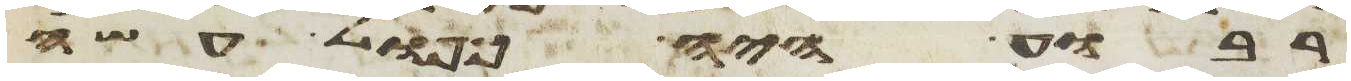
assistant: רבוע היה כפול עשה